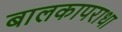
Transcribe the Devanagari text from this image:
बालकापराधा